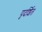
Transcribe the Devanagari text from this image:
पृदर्शित